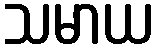
သမာယ